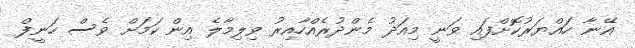
އޭނާ ހައްޔަރުކޮށްފައި ވަނީ މިއަދު މެންދުރެއްހާއިރު ވިލިމާލެ އިން ކަމަށް ވެސް ހަނީފް